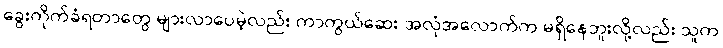
ခွေးကိုက်ခံရတာတွေ များလာပေမဲ့လည်း ကာကွယ်ဆေး အလုံအလောက်က မရှိနေဘူးလို့လည်း သူက